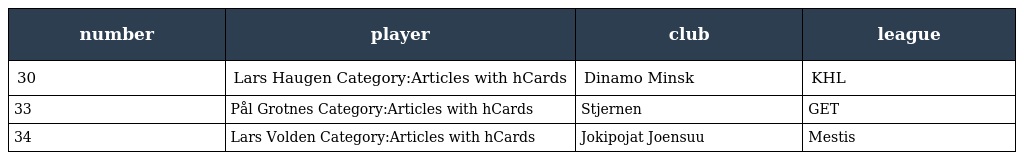
| number | player | club | league |
 | --- | --- | --- | --- |
 | 30 | Lars Haugen Category:Articles with hCards | Dinamo Minsk | KHL |
 | 33 | Pål Grotnes Category:Articles with hCards | Stjernen | GET |
 | 34 | Lars Volden Category:Articles with hCards | Jokipojat Joensuu | Mestis |